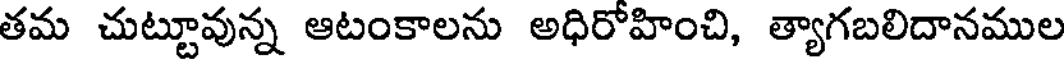
తమ చుట్టూవున్న ఆటంకాలను అధిరోహించి, త్యాగబలిదానముల